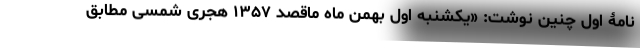
نامۀ اول چنین نوشت: «یکشنبه اول بهمن ماه ماقصد ۱۳۵۷ هجری شمسی مطابق